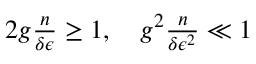
\begin{array} { r } { 2 g \frac { n } { \delta \epsilon } \geq 1 , \quad g ^ { 2 } \frac { n } { \delta \epsilon ^ { 2 } } \ll 1 } \end{array}